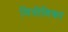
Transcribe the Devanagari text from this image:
मित्रोविका